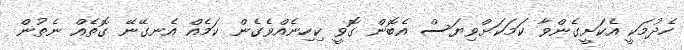
ހެދުމަކީ އެކަށީގެންވާ ކަމަކަށްވިޔަސް އެބޮން ގޮވީ ކިހިނެއްވެގެން ކަމެއް އެނގޭނޭ ގޮތެއް ނެތުން